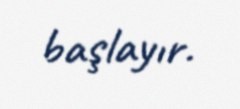
başlayır.